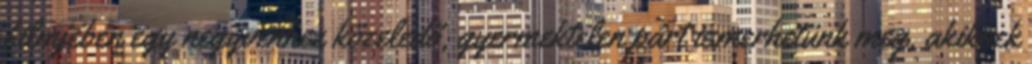
filmjében egy negyvenhez közeledő, gyermektelen párt ismerhetünk meg, akiknek